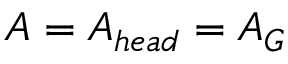
A = A _ { h e a d } = A _ { G }